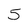
Character: 5